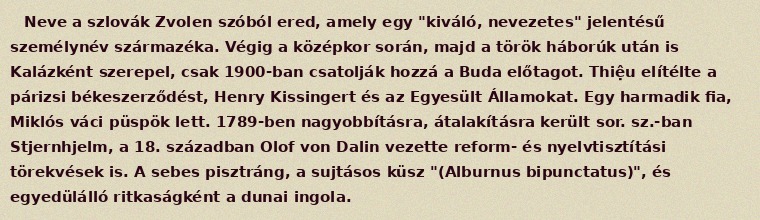
Neve a szlovák Zvolen szóból ered, amely egy "kiváló, nevezetes" jelentésű személynév származéka. Végig a középkor során, majd a török háborúk után is Kalázként szerepel, csak 1900-ban csatolják hozzá a Buda előtagot. Thiệu elítélte a párizsi békeszerződést, Henry Kissingert és az Egyesült Államokat. Egy harmadik fia, Miklós váci püspök lett. 1789-ben nagyobbításra, átalakításra került sor. sz.-ban Stjernhjelm, a 18. században Olof von Dalin vezette reform- és nyelvtisztítási törekvések is. A sebes pisztráng, a sujtásos küsz "(Alburnus bipunctatus)", és egyedülálló ritkaságként a dunai ingola.